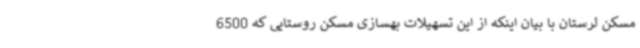
مسکن لرستان با بیان اینکه از این تسهیلات بهسازی مسکن روستایی که 6500